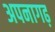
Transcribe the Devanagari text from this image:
अपनागढ़